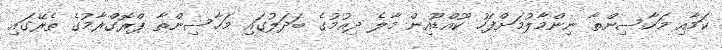
ކަމާއި މަހާސިންތާ ނިންމާލުމަށްފަހު ކޫއްޑޫއިން މާލެ ދިއުމުގެ ބަދަލުގައި މަހާސިންތާ ޕްރޮގްރާމުގެ ތެރޭގައި